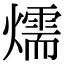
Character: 燸